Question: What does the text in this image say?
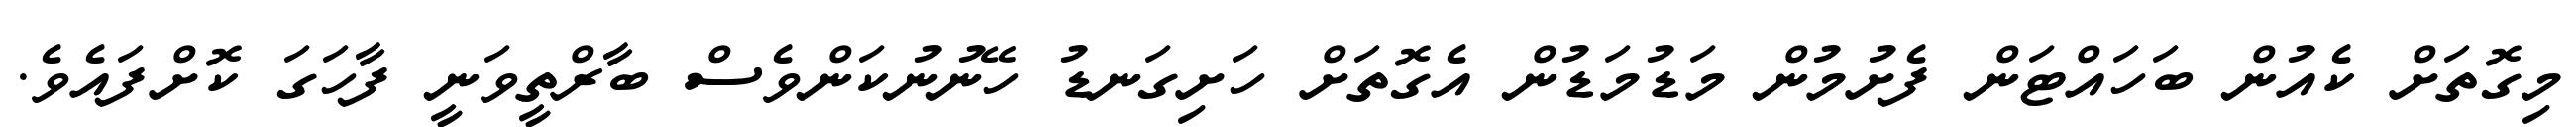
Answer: މިގޮތަށް ކެއުން ބަހައްޓަން ފެށުމުން މަޑުމަޑުން އެގޮތަށް ހަށިގަނޑު ހޭނުނުކަންވެސް ބާރްތީވަނީ ފާހަގަ ކޮށްފައެވެ.